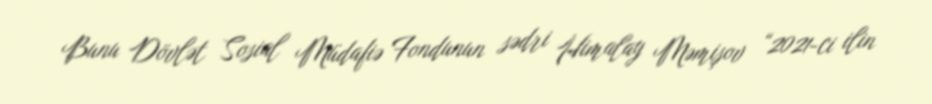
Bunu Dövlət Sosial Müdafiə Fondunun sədri Himalay Məmişov “2021-ci ilin